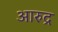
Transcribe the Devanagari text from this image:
आरुद्र